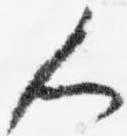
人